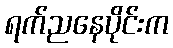
ရက်ညနေပိုင်းက